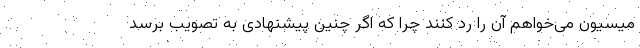
میسیون می‌خواهم آن را رد کنند چرا که اگر چنین پیشنهادی به تصویب برسد